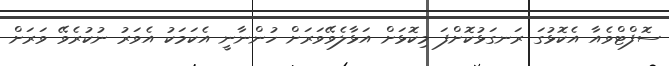
ސޮފްޓްވެއާ އެކޮޅުގަ ރަނގަޅުކޮށްފަ މިކޮޅަށް އަޅާލެވޭވަރަަށް ހުންނާނީ އެކަމަކު އެވަރު ނުކުރެވޭ ވަރަށް